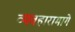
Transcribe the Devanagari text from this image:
व्यवहारामागे